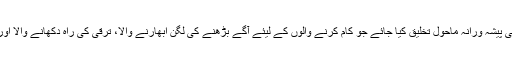
اینگرو پولیمر اینڈ کیمیکلز لمیٹڈ اس بات پر محکم یقین رکھتی ہے کہ ایک ایسا مثالی پیشہ ورانہ ماحول تخلیق کیا جائے جو کام کرنے والوں کے لیئے آگے بڑھنے کی لگن ابھارنے والا، ترقی کی راہ دکھانے والا اور اس محنت کے ثمرات کو کارکنوں تک کامیابی کی صورت میں پہنچانے والا ہو۔